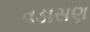
વડાસણ